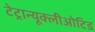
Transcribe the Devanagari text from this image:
टेट्रान्यूक्लीओटिड